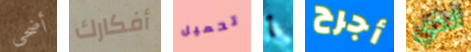
أضحى أفكارك تحميل أ أجرح الذي